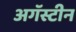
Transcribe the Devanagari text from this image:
अगॅस्टीन